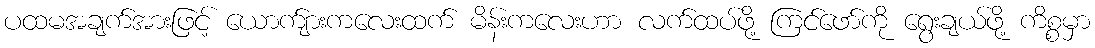
ပထမအချက်အားဖြင့် ယောက်ျားကလေးထက် မိန်းကလေးဟာ လက်ထပ်ဖို့ ကြင်ဖော်ကို ရွေးချယ်ဖို့ ကိစ္စမှာ